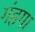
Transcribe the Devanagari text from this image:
गंहगा